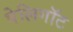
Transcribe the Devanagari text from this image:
पेलिगॉट